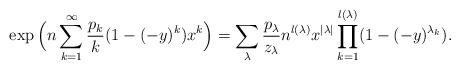
LaTeX: \begin{align*}\exp\Big(n\sum_{k=1}^{\infty}\frac{p_{k}}{k}(1-(-y)^{k})x^{k}\Big)=\sum_{\lambda}\frac{p_{\lambda}}{z_{\lambda}}n^{l(\lambda)}x^{\left|\lambda\right|}\prod_{k=1}^{l(\lambda)}(1-(-y)^{\lambda_{k}}).\end{align*}